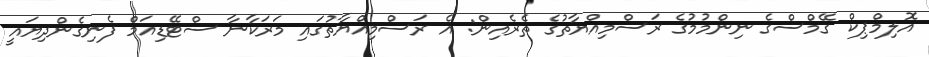
އޮލިމްޕިކް ގޭމްސްގެ ނިންމުމުގެ ރަސްމިއްޔާތުގެ ތެރެއިން: އެ ރަސްމިއްޔާތުގައި މަރަކާނާ ސްޓޭޑިއަމް ފެނިގެންދިޔައީ